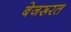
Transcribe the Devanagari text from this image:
बेजरूरत